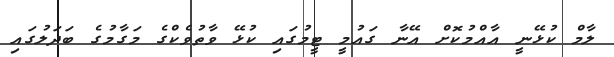
ލާމް ކުޅޭނީ އާއްމުކޮށް އޭނާ ގައުމީ ޓީމުގައި ކުޅޭ ވާތުވެކްގެ މަގާމުގެ ބަދަލުގައި